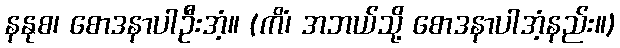
နနုစ၊ စောဒနာပါဦးအံ့။ (ကိံ၊ အဘယ်သို့ စောဒနာပါအံ့နည်း။)